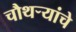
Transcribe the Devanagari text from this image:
चौथर्‍यांचे